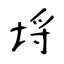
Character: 埓